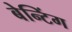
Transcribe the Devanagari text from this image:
बेन्टिंग